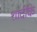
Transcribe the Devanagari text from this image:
शादीके